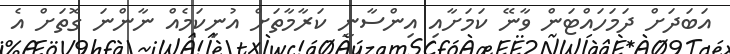
އަބަދަށް ދަމަހައްޓަން ވާނޭ ކަމަށާއި އިންސާނީ ކަރާމާތަށް އުނިކަމެއް ނާންނަ ގޮތަށް އެ